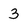
Character: 3